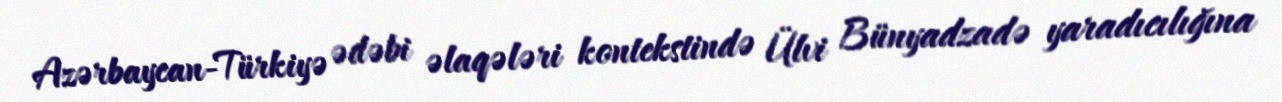
Azərbaycan-Türkiyə ədəbi əlaqələri kontekstində Ülvi Bünyadzadə yaradıcılığına